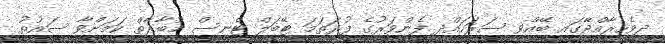
ދިވެހިރާއްޖޭގައި ބޭއްވި ސަރަހައްދީ ފެންވަރުގެ ފުރަތަމަ ޓޭބަލް ޓެނިސް މުބާރާތް ކަމަށްވާ ސައުތު